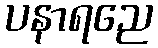
ပနာရညေ